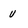
Character: u